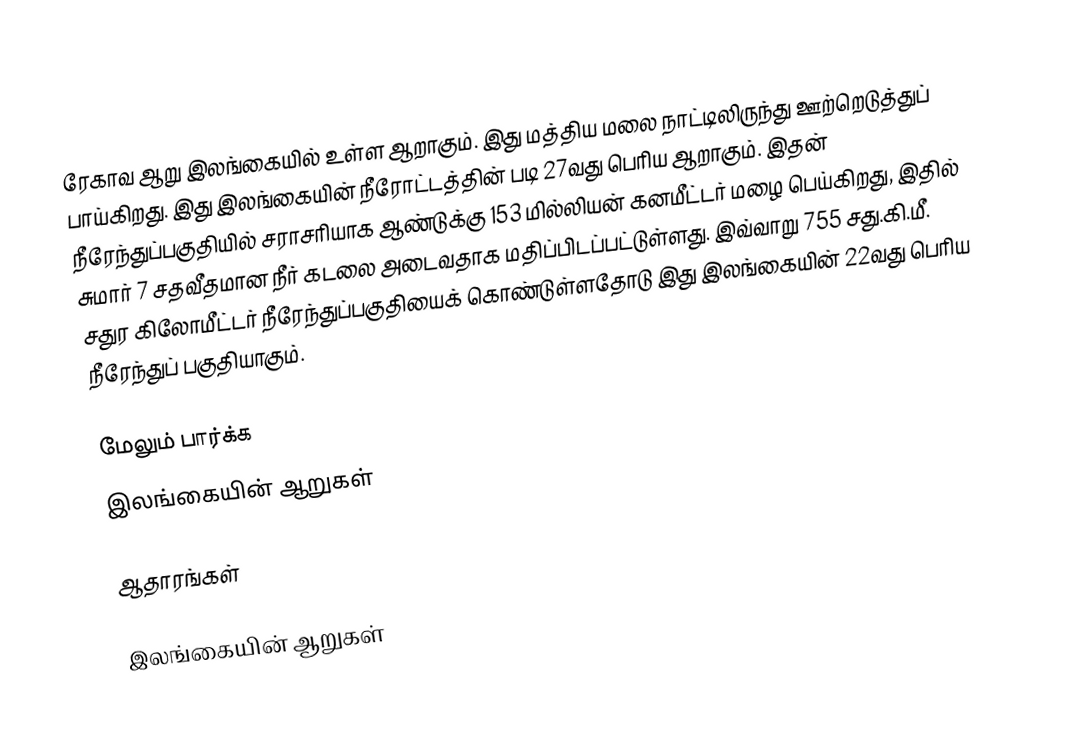
ரேகாவ ஆறு இலங்கையில் உள்ள ஆறாகும். இது மத்திய மலை நாட்டிலிருந்து ஊற்றெடுத்துப் பாய்கிறது. இது இலங்கையின் நீரோட்டத்தின் படி 27வது பெரிய ஆறாகும். இதன் நீரேந்துப்பகுதியில் சராசரியாக ஆண்டுக்கு 153 மில்லியன் கனமீட்டர் மழை பெய்கிறது, இதில் சுமார் 7 சதவீதமான நீர் கடலை அடைவதாக மதிப்பிடப்பட்டுள்ளது. இவ்வாறு 755 சது.கி.மீ. சதுர கிலோமீட்டர் நீரேந்துப்பகுதியைக் கொண்டுள்ளதோடு இது இலங்கையின் 22வது பெரிய நீரேந்துப் பகுதியாகும்.

மேலும் பார்க்க
 இலங்கையின் ஆறுகள்

ஆதாரங்கள்

இலங்கையின் ஆறுகள்